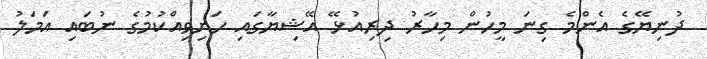
ދުނިޔޭގެ އެންމެ ގިނަ މީހުން މިހާރު ދިރިއުޅޭ އޭޝިޔާގައި ހަށިވިއްކުމުގެ ނުބައި އަމަލު